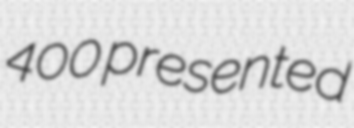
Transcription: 400 presented